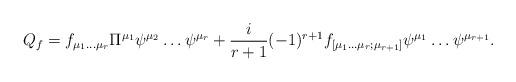
LaTeX: \begin{align*}Q_f = f_{\mu_1 \dots\mu_r}\Pi^{\mu_1}\psi^{\mu_2}\dots \psi^{\mu_r} + \frac{i}{r+1}(-1)^{r+1}f_{[\mu_1 \dots\mu_r;\mu_{r+1}]}\psi^{\mu_1}\dots \psi^{\mu_{r+1}}.\end{align*}